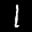
Label: 1